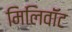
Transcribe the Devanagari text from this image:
मिलिवॉट